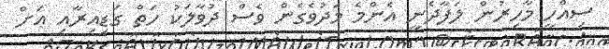
ސިއްހީ މާހިރުން ލަފާދެނީ އެންމެ މަދުވެގެން ވެސް ދުވާލަކު ހަތް ގަޑިއިރާއި އަށް